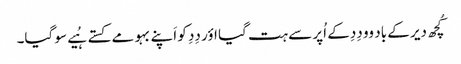
کُچھ دیر کے باد وو دِدِ کے اُپر سے ہت گیا اؤر دِدِ کو اَپنے بہو مے کستے ہُیے سو گیا۔